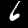
Label: 6